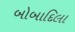
બોબાદિલા